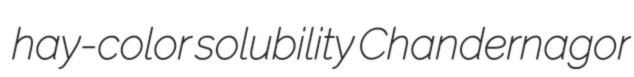
hay-color solubility Chandernagor